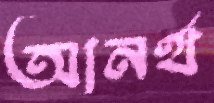
আনর্থ